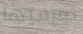
تعرفيها